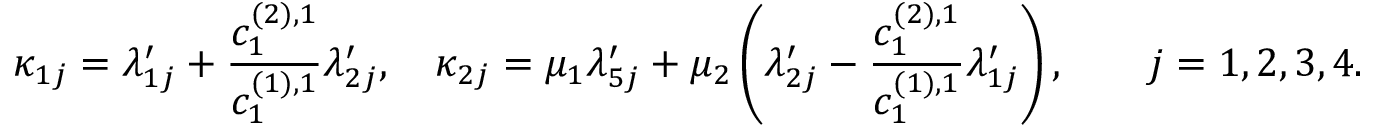
\kappa _ { 1 j } = \lambda _ { 1 j } ^ { \prime } + \frac { c _ { 1 } ^ { ( 2 ) , 1 } } { c _ { 1 } ^ { ( 1 ) , 1 } } \lambda _ { 2 j } ^ { \prime } , \quad \kappa _ { 2 j } = \mu _ { 1 } \lambda _ { 5 j } ^ { \prime } + \mu _ { 2 } \left( \lambda _ { 2 j } ^ { \prime } - \frac { c _ { 1 } ^ { ( 2 ) , 1 } } { c _ { 1 } ^ { ( 1 ) , 1 } } \lambda _ { 1 j } ^ { \prime } \right) , \qquad j = 1 , 2 , 3 , 4 .